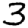
Digit: 3